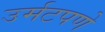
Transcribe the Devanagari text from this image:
उर्मटपणे